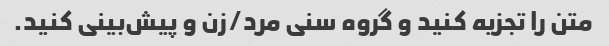
متن را تجزیه کنید و گروه سنی مرد/زن و پیش‌بینی کنید.